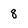
Character: 8